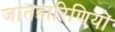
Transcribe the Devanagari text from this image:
जातहारिणियों